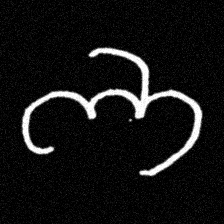
Pyu character \u2014 Myanmar letter: ဘ (romanized: bha)